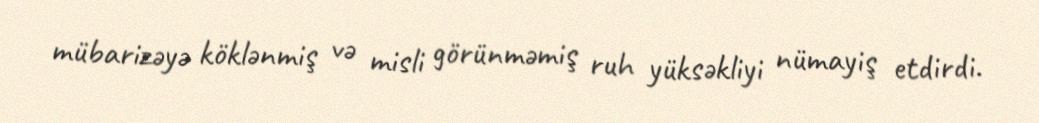
mübarizəyə köklənmiş və misli görünməmiş ruh yüksəkliyi nümayiş etdirdi.